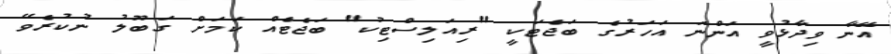
އޭނާ ވިދާޅުވީ އަންނަ އަހަރުގެ ބަޖެޓަކީ "ރިއަލިސްޓިކު" ބަޖެޓެއް ކަމަށް ގަބޫލު ނުކުރެވޭ